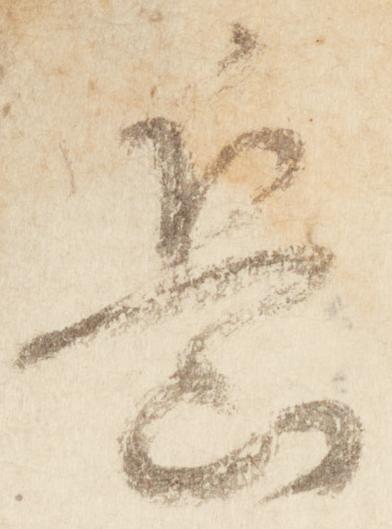
岳